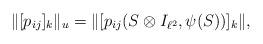
LaTeX: \begin{align*}\|[p_{ij}]_k\|_u= \|[p_{ij}(S\otimes I_{ \ell^2},\psi(S))]_{k }\|,\end{align*}